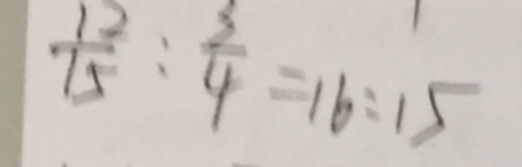
\frac { 1 2 } { 1 5 } : \frac { 3 } { 4 } = 1 6 : 1 5